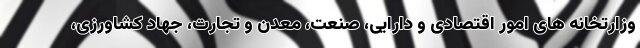
وزارتخانه های امور اقتصادی و دارایی، صنعت، معدن و تجارت، جهاد کشاورزی،